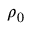
~ \rho _ { 0 }